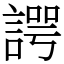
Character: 諤